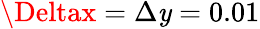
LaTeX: \Deltax=\Delta\mathit{y}=0.01